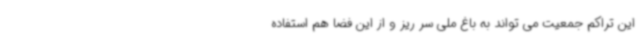
این تراکم جمعیت می تواند به باغ ملی سر ریز و از این فضا هم استفاده